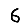
Digit: 6